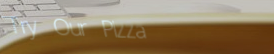
Try Our Pizza